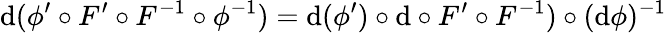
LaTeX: \mathrm{d}(\phi^{\prime}\circ F^{\prime}\circ F^{-1}\circ\phi^{-1})=\mathrm{d}(\phi^{\prime})\circ\mathrm{d}\circ F^{\prime}\circ F^{-1})\circ(\mathrm{d}\phi)^{-1}